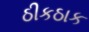
ઠીકઠાક